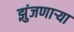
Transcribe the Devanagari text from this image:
झुंजणाऱ्या